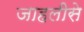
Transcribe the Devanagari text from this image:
जाहलीसे